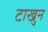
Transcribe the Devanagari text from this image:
टाखुन